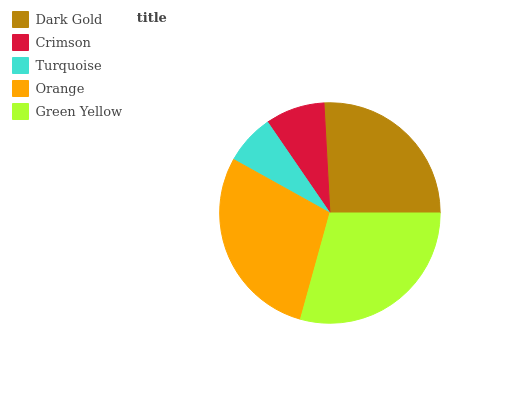
| Dark Gold | Crimson | Turquoise | Orange | Green Yellow |
 | --- | --- | --- | --- | --- |
 | 25.8% | 8.71% | 7.37% | 28.8% | 29.3% |